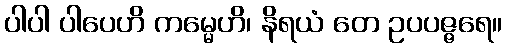
ပါပါ ပါပေဟိ ကမ္မေဟိ၊ နိရယံ တေ ဥပပဇ္ဇရေ။